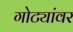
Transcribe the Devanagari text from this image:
गोट्यांवर